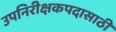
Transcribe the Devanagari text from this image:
उपनिरीक्षकपदासाठी